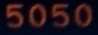
5050